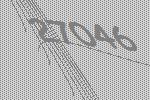
27046